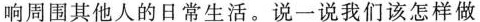
响周围其他人的日常生活。说一说我们该怎样做